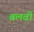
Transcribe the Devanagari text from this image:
बलवी